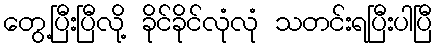
တွေ့ပြီးပြီလို့ ခိုင်ခိုင်လုံလုံ သတင်းရပြီးပါပြီ